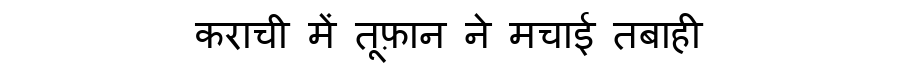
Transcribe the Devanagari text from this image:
कराची में तूफ़ान ने मचाई तबाही